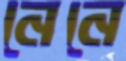
নেনে